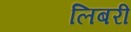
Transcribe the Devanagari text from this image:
लिबरी